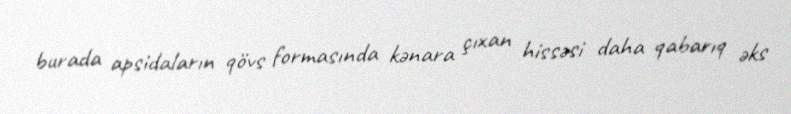
burada apsidaların qövs formasında kənara çıxan hissəsi daha qabarıq əks